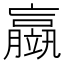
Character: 䇔